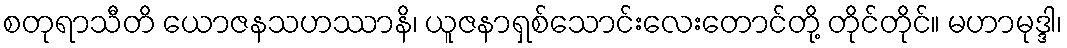
စတုရာသီတိ ယောဇနသဟဿာနိ၊ ယူဇနာရှစ်သောင်းလေးတောင်တို့ တိုင်တိုင်။ မဟာမုဒ္ဒါ၊